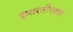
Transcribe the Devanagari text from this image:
इमारतीएवढा